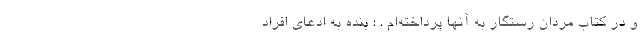
و در کتاب مردان رستگار به آنها پرداخته‌ام . : بنده به ادعای افراد